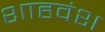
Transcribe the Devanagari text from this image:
शाहवंश